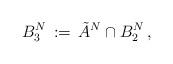
LaTeX: \begin{align*} B^N_3\, :=\, \tilde A^N\cap B^N_2\, ,\end{align*}